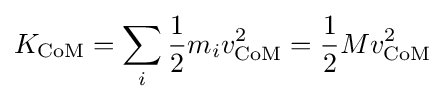
K_{\text{CoM}}=\sum _{i}{\frac {1}{2}}m_{i}v_{\text{CoM}}^{2}={\frac {1}{2}}Mv_{\text{CoM}}^{2}